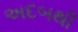
અદબથી